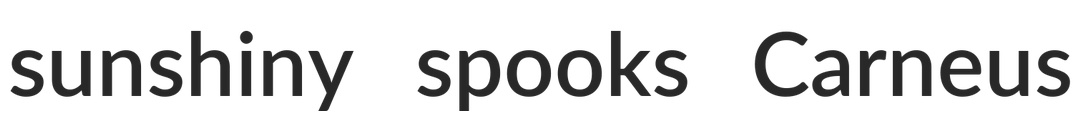
sunshiny spooks Carneus